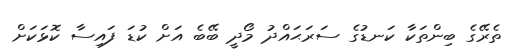
ތެރޭގެ ބިންތަކާ ކަނޑުގެ ސަރަޙައްދު މޯދީ ބޭބެ އަށް ކުޑަ ފައިސާ ކޮޅަކަށް